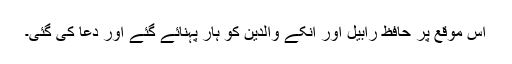
اس موقع پر حافظ رابیل اور انکے والدین کو ہار پہنائے گئے اور دعا کی گئی۔